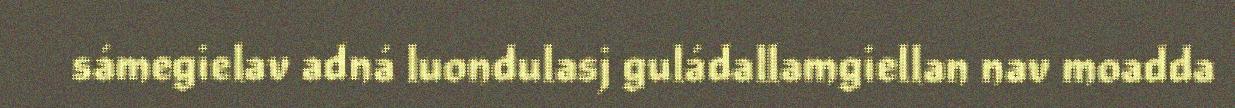
sámegielav adná luondulasj guládallamgiellan nav moadda